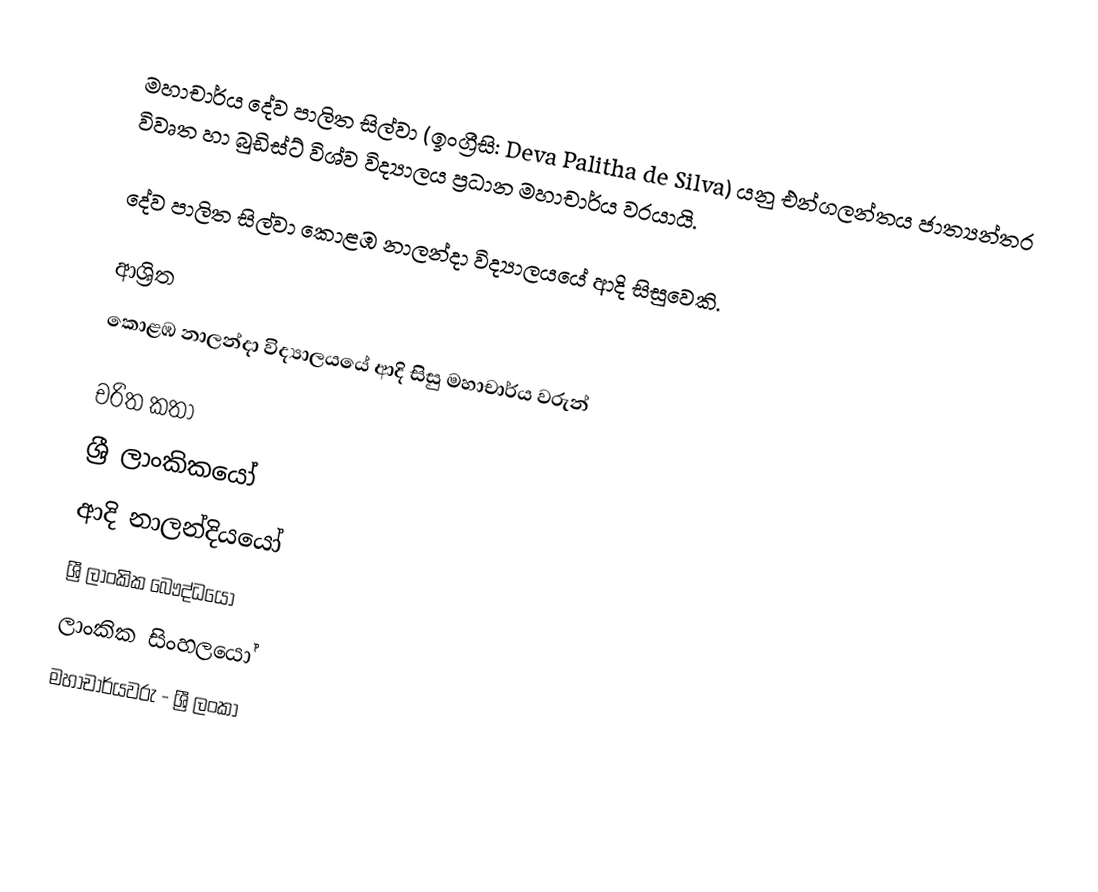
මහාචාර්ය දේව පාලිත සිල්වා (ඉංග්‍රීසි: Deva Palitha de Silva) යනු එන්ගලන්තය ජාත්‍යන්තර විවෘත හා බුඩිස්ට් විශ්ව විද්‍යාලය  ප්‍රධාන මහාචාර්ය වරයායි.

දේව පාලිත සිල්වා  කොළඹ නාලන්දා විද්‍යාලයයේ ආදි සිසුවෙකි.

ආශ්‍රිත
 කොළඹ නාලන්දා විද්‍යාලයයේ ආදි සිසු මහාචාර්ය වරුන්

චරිත කතා
ශ්‍රී ලාංකිකයෝ
ආදි නාලන්දියයෝ
ශ්‍රී ලාංකික බෞද්ධයෝ
ලාංකික සිංහලයෝ
මහාචාර්යවරු - ශ්‍රී ලංකා